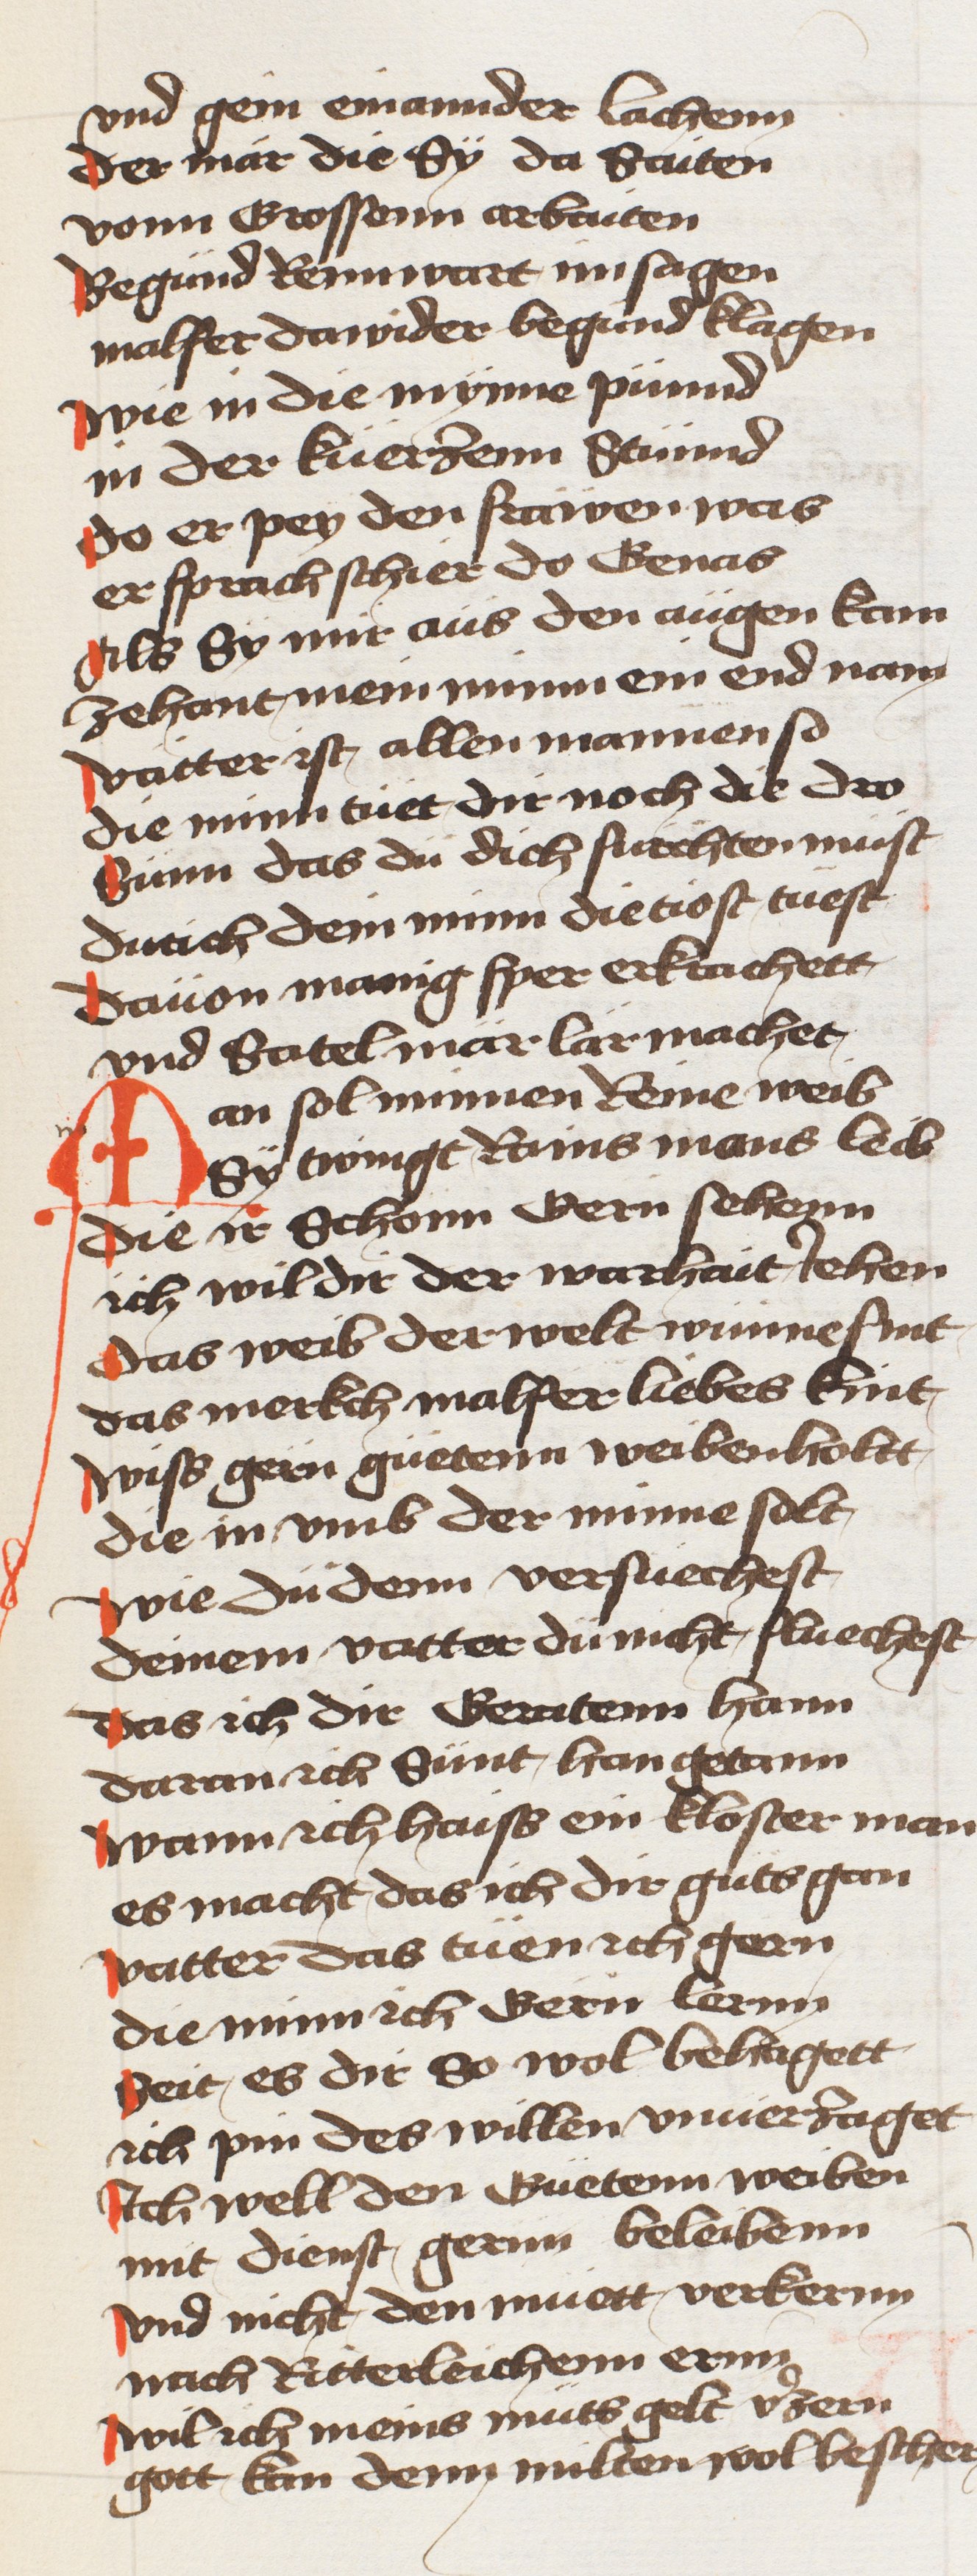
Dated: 1433–1466